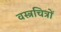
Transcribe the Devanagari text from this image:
वस्त्रचित्रों